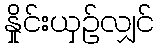
နှိုင်းယှဉ်လျှင်